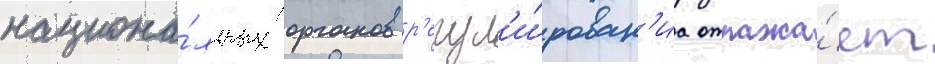
национа́льных органов р'егул'и́рован'иа отража́ет